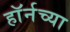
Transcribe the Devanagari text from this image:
हाॅर्नच्या